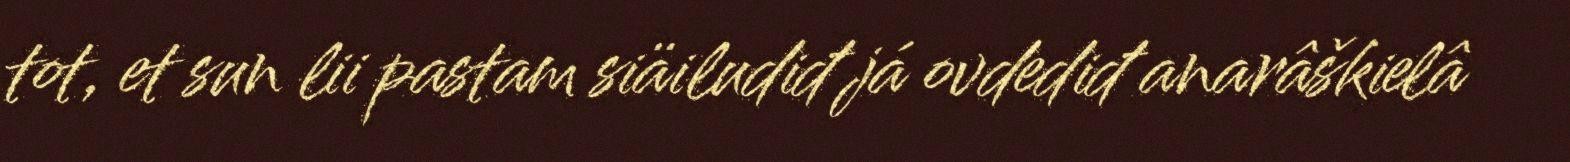
tot, et sun lii pastam siäiludiđ já ovdediđ anarâškielâ